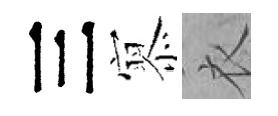
三𡪹衣